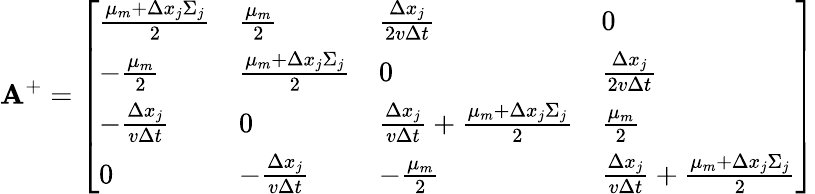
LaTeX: \mathbf{A}^{+}=\left[\begin{array}{llll}{\frac{\mu_{m}+\Delta x_{j}\Sigma_{j}}{2}}&{\frac{\mu_{m}}{2}}&{\frac{\Delta x_{j}}{2v\Delta t}}&{0}\\ {-\frac{\mu_{m}}{2}}&{\frac{\mu_{m}+\Delta x_{j}\Sigma_{j}}{2}}&{0}&{\frac{\Delta x_{j}}{2v\Delta t}}\\ {-\frac{\Delta x_{j}}{v\Delta t}}&{0}&{\frac{\Delta x_{j}}{v\Delta t}+\frac{\mu_{m}+\Delta x_{j}\Sigma_{j}}{2}}&{\frac{\mu_{m}}{2}}\\ {0}&{-\frac{\Delta x_{j}}{v\Delta t}}&{-\frac{\mu_{m}}{2}}&{\frac{\Delta x_{j}}{v\Delta t}+\frac{\mu_{m}+\Delta x_{j}\Sigma_{j}}{2}}\end{array}\right]